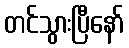
တင်သွားပြီနော်